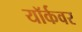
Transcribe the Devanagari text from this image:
यॉर्कवर